Indian journal of veterinary science and animal husbandry - Volumes 22-23, 1952-1953
Year: 1952
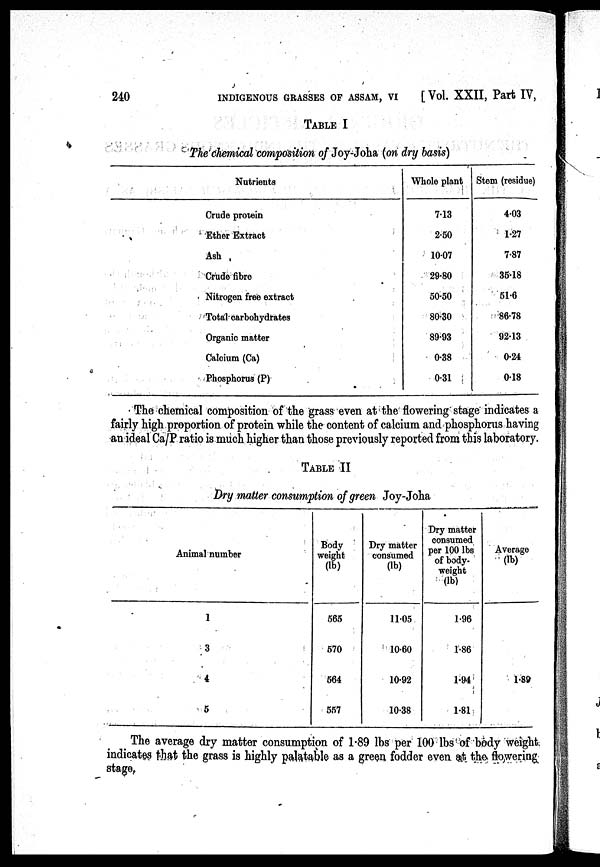
240 INDIGENOUS GRASSES OF ASSAM, VI [ Vol. XXII, Part IV,
TABLE I
The chemical composition of Joy-Joha (on dry basis)
Nutrients
Crude protein
Ether Extract
Ash
Crude fibre
Nitrogen free extract
Total carbohydrates
Organic matter
Calcium (Ca)
Phosphorus (P)
Whole plant
7.13
2.50
10.07
29.80
50.50
80.30
89.93
0.38
0.31
Stem (residue)
4.03
1.27
7.87
35.18
51.6
86.78
92.13
0.24
0.18
The chemical composition of the grass even at the flowering stage indicates a
fairly high proportion of protein while the content of calcium and phosphorus having
an ideal Ca/P ratio is much higher than those previously reported from this laboratory.
TABLE II
Dry matter consumption of green Joy-Joha
Animal number
1
3
4
5
Body
weight
(lb)
565
570
564
557
Dry matter
consumed
(lb)
11.05
10.60
10.92
10.38
Dry matter
consumed
per 100 lbs
of body-
weight
(lb)
1.96
1.86
1.94
1.81
Average
(lb)
1.89
The average dry matter consumption of 1.89 lbs per 100 lbs of body weight
indicates that the grass is highly palatable as a green fodder even at the flowering
stage.